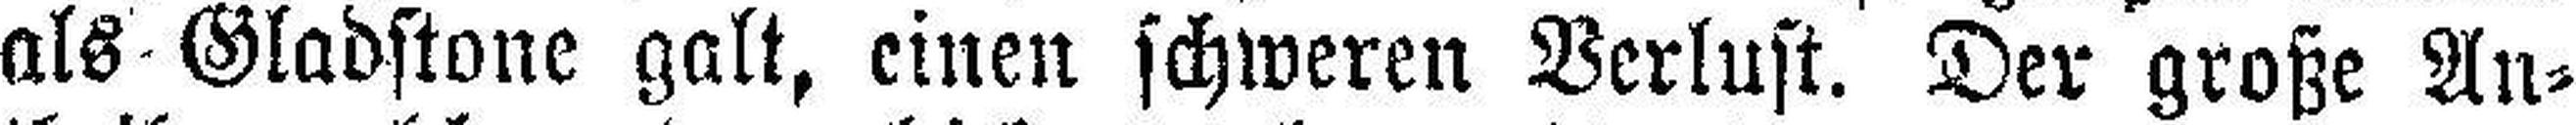
als Gladstone galt, einen schweren Verlust. Der große An¬